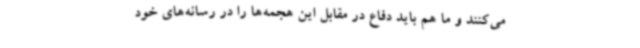
می‌کنند و ما هم باید دفاع در مقابل این هجمه‌ها را در رسانه‌های خود